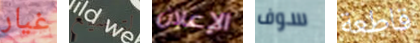
غيار لتوسيع الإعلان سوف قاطعة